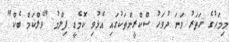
މިމަހުގެ ހަތަރު ވަނަ ދުވަހު ސްކްރީންތަކުގައި އެޅުވި ކޮމެޑީ ފިލްމު "ވެލްކަމް ބެކް"